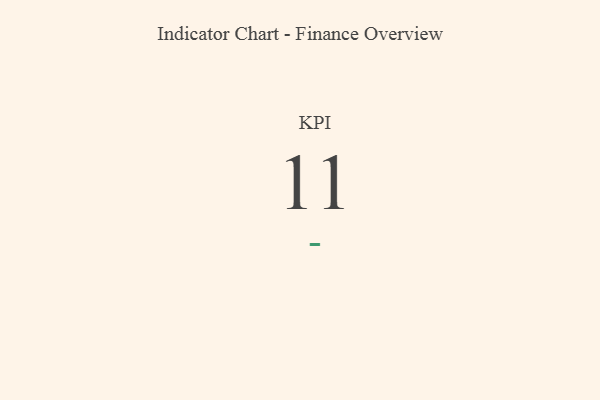
{"axis": {"x": "KPI", "y": "Value"}, "legend": [""], "data": [{"x": "KPI", "y": 11, "type": ""}]}